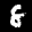
Label: 8